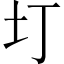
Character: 圢